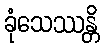
ခုံသေဿန္တိ